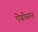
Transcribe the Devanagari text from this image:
ऐग्रोसन